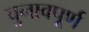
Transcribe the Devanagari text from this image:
चुनावपूर्ण